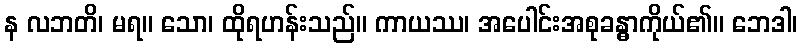
န လဘတိ၊ မရ။ သော၊ ထိုရဟန်းသည်။ ကာယဿ၊ အပေါင်းအစုခန္ဓာကိုယ်၏။ ဘေဒါ၊